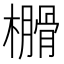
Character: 𣝗